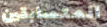
المتسابقين